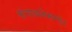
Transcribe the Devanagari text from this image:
संभावनेसमोर